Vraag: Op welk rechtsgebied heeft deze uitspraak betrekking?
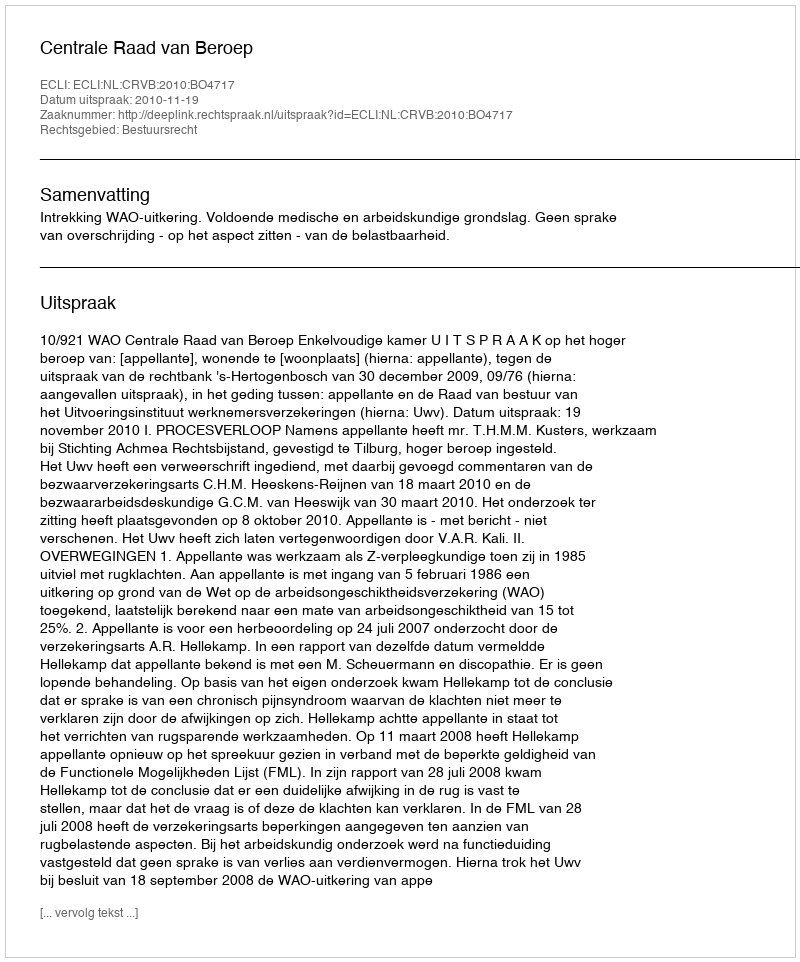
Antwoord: Bestuursrecht